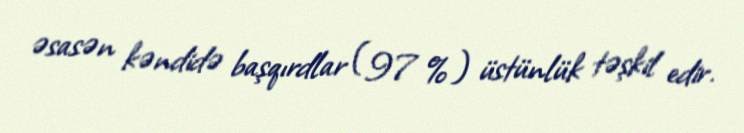
əsasən kəndidə başqırdlar (97 %) üstünlük təşkil edir.